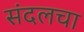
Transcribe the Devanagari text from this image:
संदलचा